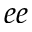
e e